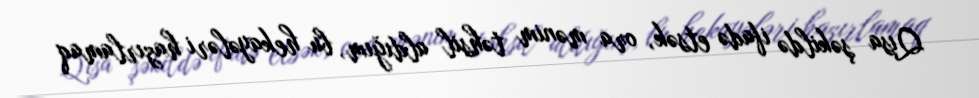
Qısa şəkildə ifadə etsək, ora mənim təhsil aldığım, bu hekayələri hazırlamaq